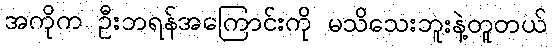
အကိုက ဦးဘရန်အကြောင်းကို မသိသေးဘူးနဲ့တူတယ်